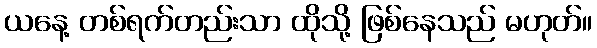
ယနေ့ တစ်ရက်တည်းသာ ထိုသို့ ဖြစ်နေသည် မဟုတ်။